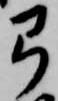
弓